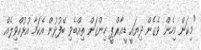
"މިކަން މިހެން ވެގެން ދިޔައީ ޑީއާރްޕީ ހިންގަން ތިއްބެވި ބޭފުޅުން އެކަމާ އުޅުއްވިލެއް